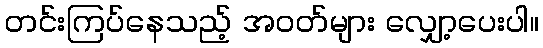
တင်းကြပ်နေသည့် အဝတ်များ လျှော့ပေးပါ။